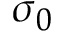
\sigma _ { 0 }